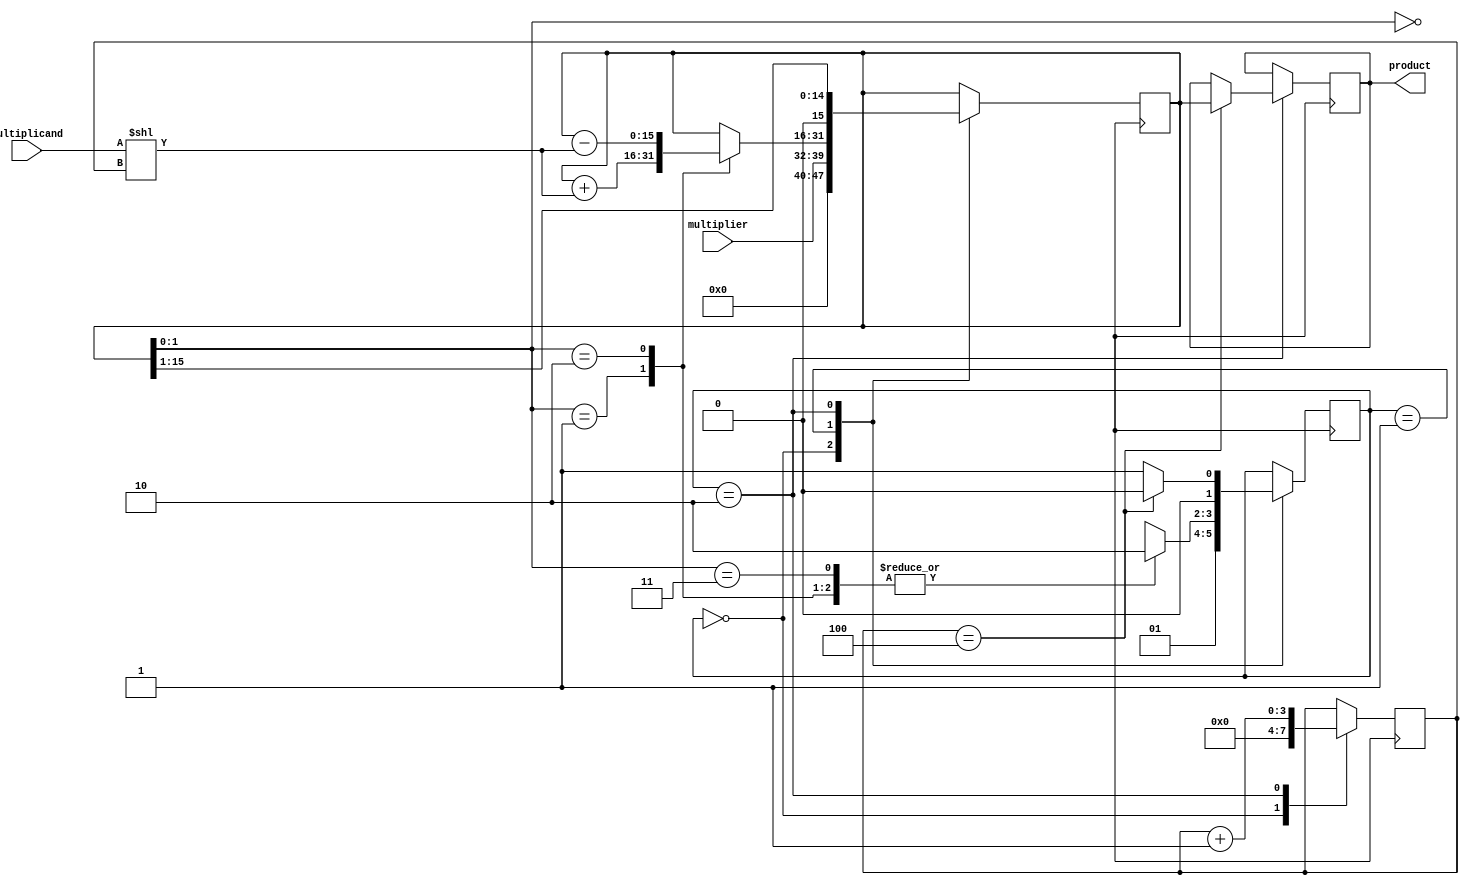
module booth_multiplier(
    input [7:0] multiplicand,
    input [7:0] multiplier,
    output reg [15:0] product
);

reg [15:0] partial_product;
reg [3:0] counter;
reg [1:0] currentState;

always @ (posedge clk) begin
    case(currentState)
        2'b00: begin // Initialize
            partial_product <= {8'b0, multiplier};
            counter <= 4'b0000;
            currentState <= 2'b01;
        end
        
        2'b01: begin // Booth Algorithm
            case(partial_product[1:0])
                2'b00: begin // No operation
                    currentState <= 2'b10;
                end
                2'b01: begin // Add multiplicand
                    partial_product <= partial_product + (multiplicand << counter);
                    currentState <= 2'b10;
                end
                2'b10: begin // Subtract multiplicand
                    partial_product <= partial_product - (multiplicand << counter);
                    currentState <= 2'b10;
                end
                2'b11: begin // No operation
                    currentState <= 2'b10;
                end
            endcase
        end
        
        2'b10: begin // Shift and update counter
            partial_product <= partial_product >> 1;
            counter <= counter + 1;
            if(counter == 4) begin
                product <= partial_product;
                currentState <= 2'b00;
            end else begin
                currentState <= 2'b01;
            end
        end
    endcase
end

endmodule